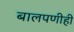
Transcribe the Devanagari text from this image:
बालपणीही